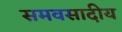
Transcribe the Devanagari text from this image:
समवसादीय